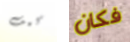
كيف فكان